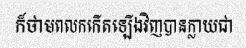
ក៏ថាមពលកកើតឡើងវិញបានក្លាយជា